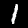
Digit: 1